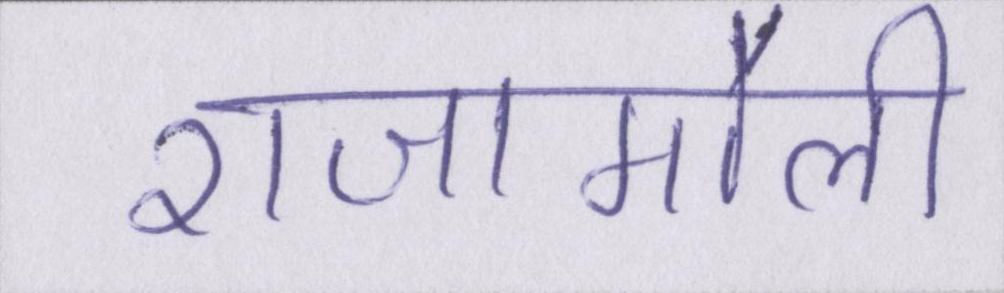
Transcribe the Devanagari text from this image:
राजामौली